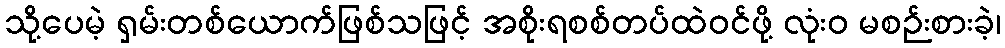
သို့ပေမဲ့ ရှမ်းတစ်ယောက်ဖြစ်သဖြင့် အစိုးရစစ်တပ်ထဲဝင်ဖို့ လုံးဝ မစဉ်းစားခဲ့၊